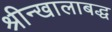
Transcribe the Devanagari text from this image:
श्रीन्खालाबद्ध